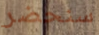
سنحضر